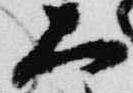
大